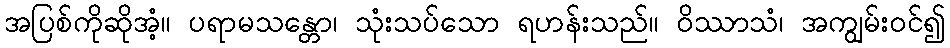
အပြစ်ကိုဆိုအံ့။ ပရာမသန္တော၊ သုံးသပ်သော ရဟန်းသည်။ ဝိဿာသံ၊ အကျွမ်းဝင်၍